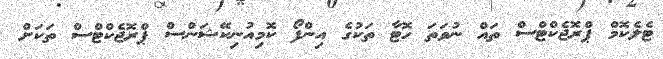
ޓެލެކޮމް ޕްރޮޖެކްޓްސް ތައް ނުވަތަ ހޮޓާ ތަކުގެ އިންފޯ ކޮމިއުނިކޭޝަންސް ޕްރޮޖެކްޓްސް ތަކަށް